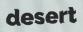
desert